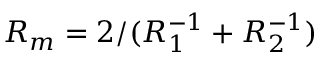
R _ { m } = 2 / ( R _ { 1 } ^ { - 1 } + R _ { 2 } ^ { - 1 } )